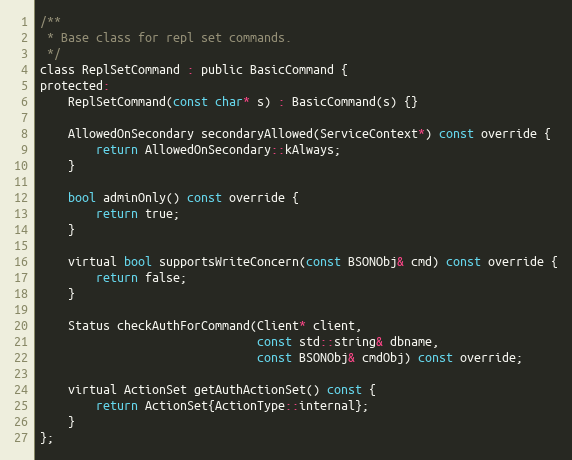
Language: C
/**
 * Base class for repl set commands.
 */
class ReplSetCommand : public BasicCommand {
protected:
    ReplSetCommand(const char* s) : BasicCommand(s) {}

    AllowedOnSecondary secondaryAllowed(ServiceContext*) const override {
        return AllowedOnSecondary::kAlways;
    }

    bool adminOnly() const override {
        return true;
    }

    virtual bool supportsWriteConcern(const BSONObj& cmd) const override {
        return false;
    }

    Status checkAuthForCommand(Client* client,
                               const std::string& dbname,
                               const BSONObj& cmdObj) const override;

    virtual ActionSet getAuthActionSet() const {
        return ActionSet{ActionType::internal};
    }
};